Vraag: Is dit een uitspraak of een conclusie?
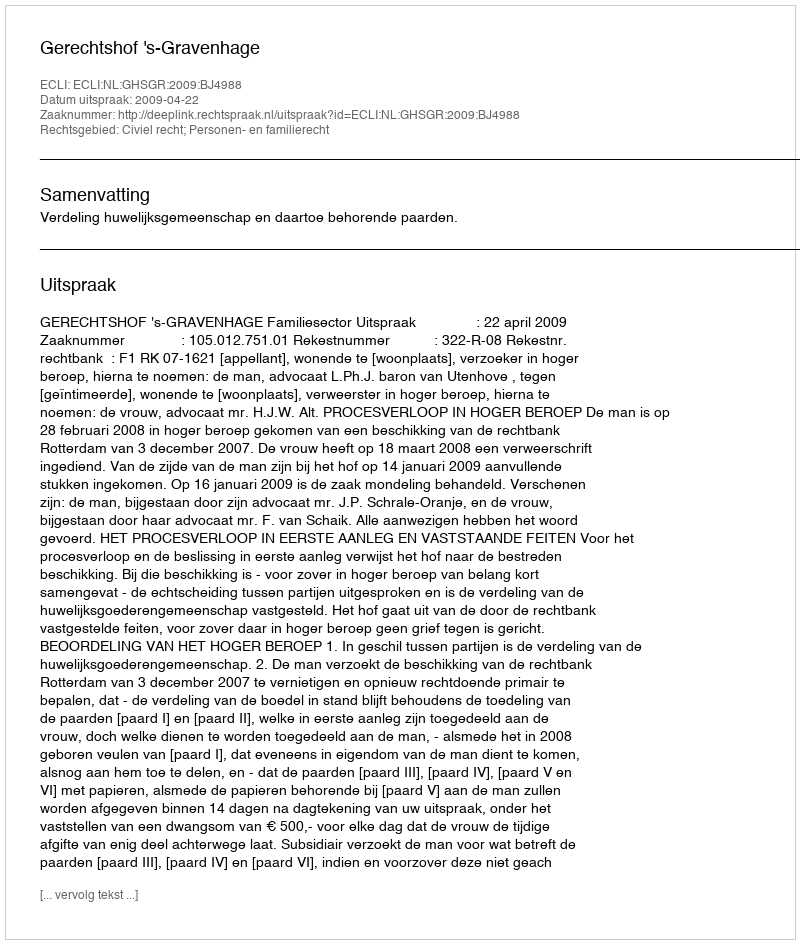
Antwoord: Uitspraak